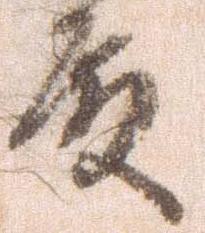
殿